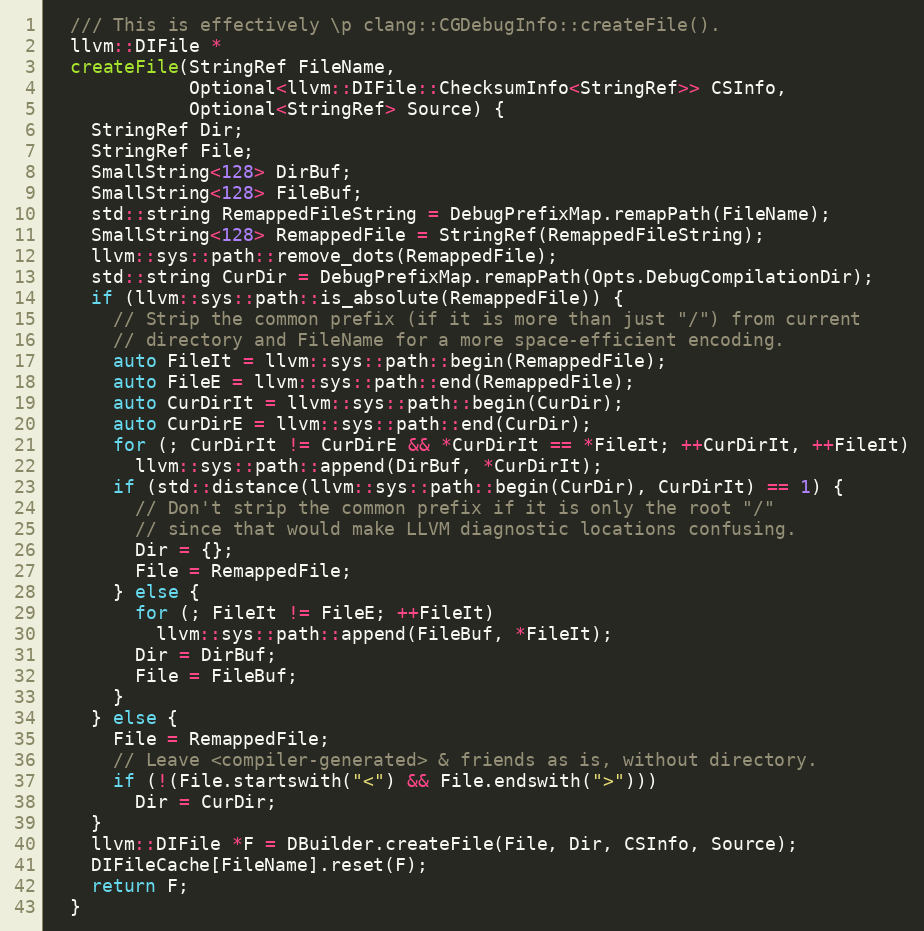
Language: C++
  /// This is effectively \p clang::CGDebugInfo::createFile().
  llvm::DIFile *
  createFile(StringRef FileName,
             Optional<llvm::DIFile::ChecksumInfo<StringRef>> CSInfo,
             Optional<StringRef> Source) {
    StringRef Dir;
    StringRef File;
    SmallString<128> DirBuf;
    SmallString<128> FileBuf;
    std::string RemappedFileString = DebugPrefixMap.remapPath(FileName);
    SmallString<128> RemappedFile = StringRef(RemappedFileString);
    llvm::sys::path::remove_dots(RemappedFile);
    std::string CurDir = DebugPrefixMap.remapPath(Opts.DebugCompilationDir);
    if (llvm::sys::path::is_absolute(RemappedFile)) {
      // Strip the common prefix (if it is more than just "/") from current
      // directory and FileName for a more space-efficient encoding.
      auto FileIt = llvm::sys::path::begin(RemappedFile);
      auto FileE = llvm::sys::path::end(RemappedFile);
      auto CurDirIt = llvm::sys::path::begin(CurDir);
      auto CurDirE = llvm::sys::path::end(CurDir);
      for (; CurDirIt != CurDirE && *CurDirIt == *FileIt; ++CurDirIt, ++FileIt)
        llvm::sys::path::append(DirBuf, *CurDirIt);
      if (std::distance(llvm::sys::path::begin(CurDir), CurDirIt) == 1) {
        // Don't strip the common prefix if it is only the root "/"
        // since that would make LLVM diagnostic locations confusing.
        Dir = {};
        File = RemappedFile;
      } else {
        for (; FileIt != FileE; ++FileIt)
          llvm::sys::path::append(FileBuf, *FileIt);
        Dir = DirBuf;
        File = FileBuf;
      }
    } else {
      File = RemappedFile;
      // Leave <compiler-generated> & friends as is, without directory.
      if (!(File.startswith("<") && File.endswith(">")))
        Dir = CurDir;
    }
    llvm::DIFile *F = DBuilder.createFile(File, Dir, CSInfo, Source);
    DIFileCache[FileName].reset(F);
    return F;
  }